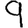
Digit: 9